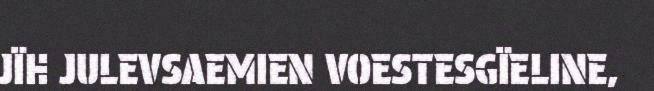
JÏH JULEVSAEMIEN VOESTESGÏELINE,